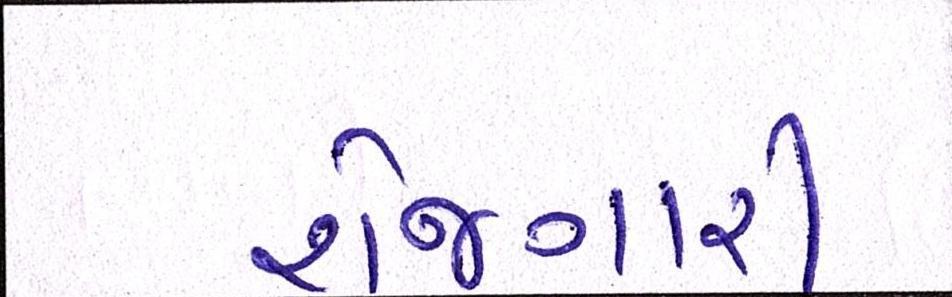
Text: રોજગારી